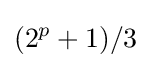
(2^{p}+1)/3